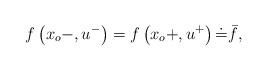
LaTeX: \begin{align*} f\left(x_{o}-,u^{-}\right)= f\left(x_{o}+,u^{+}\right)\dot=\bar f, \end{align*}